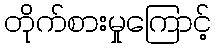
တိုက်စားမှုကြောင့်